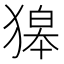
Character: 獆